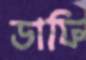
ডাফি